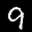
Label: 9